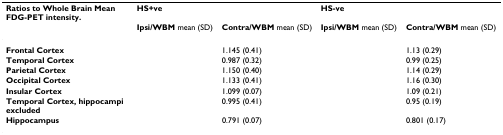
<table><thead><tr><td><b>Ratios to Whole Brain Mean FDG-PET intensity.</b></td><td><b>HS+ve</b></td><td>[EMPTY_CELL]</td><td><b>HS-ve</b></td><td>[EMPTY_CELL]</td></tr><tr><td>[EMPTY_CELL]</td><td><b>Ipsi/WBM mean (SD)</b></td><td><b>Contra/WBM mean (SD)</b></td><td><b>Ipsi/WBM mean (SD)</b></td><td><b>Contra/WBM mean (SD)</b></td></tr></thead><tbody><tr><td><b>Frontal Cortex</b></td><td>[EMPTY_CELL]</td><td>1.145 (0.41)</td><td>[EMPTY_CELL]</td><td>1.13 (0.29)</td></tr><tr><td><b>Temporal Cortex</b></td><td>[EMPTY_CELL]</td><td>0.987 (0.32)</td><td>[EMPTY_CELL]</td><td>0.99 (0.25)</td></tr><tr><td><b>Parietal Cortex</b></td><td>[EMPTY_CELL]</td><td>1.150 (0.40)</td><td>[EMPTY_CELL]</td><td>1.14 (0.29)</td></tr><tr><td><b>Occipital Cortex</b></td><td>[EMPTY_CELL]</td><td>1.133 (0.41)</td><td>[EMPTY_CELL]</td><td>1.16 (0.30)</td></tr><tr><td><b>Insular Cortex</b></td><td>[EMPTY_CELL]</td><td>1.099 (0.07)</td><td>[EMPTY_CELL]</td><td>1.09 (0.21)</td></tr><tr><td><b>Temporal Cortex, hippocampi excluded</b></td><td>[EMPTY_CELL]</td><td>0.995 (0.41)</td><td>[EMPTY_CELL]</td><td>0.95 (0.19)</td></tr><tr><td><b>Hippocampus</b></td><td>[EMPTY_CELL]</td><td>0.791 (0.07)</td><td>[EMPTY_CELL]</td><td>0.801 (0.17)</td></tr></tbody></table>